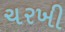
ચરખી